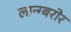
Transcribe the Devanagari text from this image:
लान्ग्बरोर